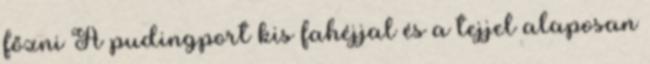
főzni A pudingport kis fahéjjal és a tejjel alaposan